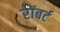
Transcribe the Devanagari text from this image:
रोंबर्ट